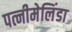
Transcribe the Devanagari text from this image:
पत्नीमेलिंडा